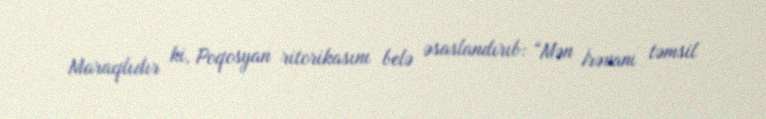
Maraqlıdır ki, Poqosyan ritorikasını belə əsaslandırıb: “Mən İrəvanı təmsil